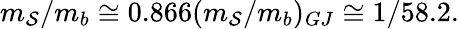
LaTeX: m_{\mathcal{S}}/m_{b}\cong0.866(m_{\mathcal{S}}/m_{b})_{GJ}\cong1/58.2.